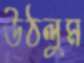
উঠলুম